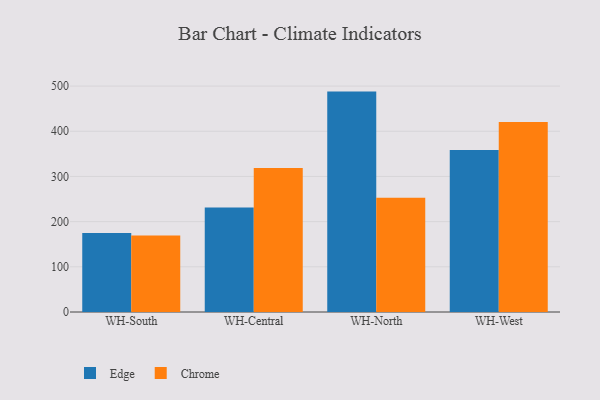
{"axis": {"x": "Warehouse", "y": "Budget (USD K)"}, "legend": ["Chrome", "Edge"], "data": [{"x": "WH-South", "y": 174.8, "type": "Edge"}, {"x": "WH-South", "y": 169.3, "type": "Chrome"}, {"x": "WH-Central", "y": 231.1, "type": "Edge"}, {"x": "WH-Central", "y": 318.8, "type": "Chrome"}, {"x": "WH-North", "y": 487.8, "type": "Edge"}, {"x": "WH-North", "y": 253.0, "type": "Chrome"}, {"x": "WH-West", "y": 358.3, "type": "Edge"}, {"x": "WH-West", "y": 420.4, "type": "Chrome"}]}